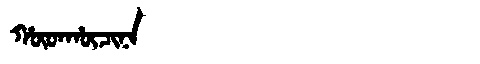
Manchu: ᡥᡡᡨᡥᡡᠴᡳᠨᠠ
Romanization: HŪTHŪCINA